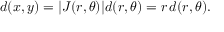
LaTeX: d ( x , y ) = | J ( r , \theta ) | d ( r , \theta ) = r \, d ( r , \theta ) .